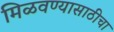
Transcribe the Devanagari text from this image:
मिळवण्यासाठीचा